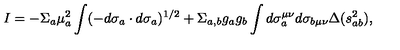
I = - \Sigma _ { a } \mu _ { a } ^ { 2 } \int ( - d \sigma _ { a } \cdot d \sigma _ { a } ) ^ { 1 / 2 } + \Sigma _ { a , b } g _ { a } g _ { b } \int d \sigma _ { a } ^ { \mu \nu } d \sigma _ { b \mu \nu } \Delta ( s _ { a b } ^ { 2 } ) ,